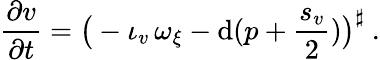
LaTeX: \frac{\partial v}{\partial t}=\big(-\iota_{v}\, \omega_{\xi}-\mathrm{d}(p+\frac{s_{v}}{2})\big)^{\sharp}\ .